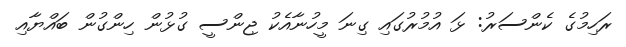
ރަހިމުގެ ކެންސަރު: ޅަ އުމުރުގައި ގިނަ މީހުނާއެކު ޖިންސީ ގުޅުން ހިންގުން ބައްޔާއި